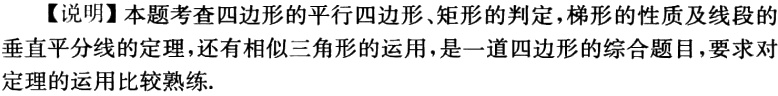
【说明】本题考查四边形的平行四边形、矩形的判定，梯形的性质及线段的垂直平分线的定理，还有相似三角形的运用，是一道四边形的综合题目，要求对定理的运用比较熟练.